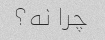
چرا نه؟